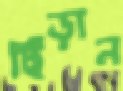
ছিঁড়ান